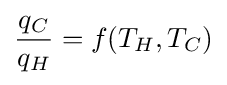
{\frac {q_{C}}{q_{H}}}=f(T_{H},T_{C})